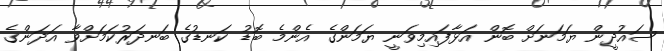
ސައުދީން ޔަމަނަށް ބޮން އަޅާފައިމިވަނީ ޔަމަންގެ އެންމެ ބޮޑު ކަނޑުގެ ބަނދަރުކަމަށްވާ އަދަންގެ